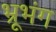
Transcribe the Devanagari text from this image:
भ्रूभंग